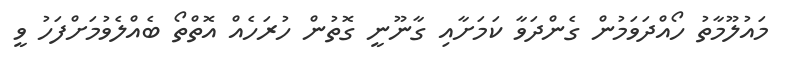
މައުލޫމާތު ހޯއްދަވަމުން ގެންދަވާ ކަމަށާއި ގާނޫނީ ގޮތުން ހުރަހެއް އޮތްތޯ ބެއްލެވުމަށްފަހު ވީ